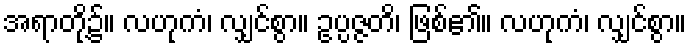
အရာတို့၌။ လဟုကံ၊ လျှင်စွာ။ ဥပ္ပဇ္ဇတိ၊ ဖြစ်၏။ လဟုကံ၊ လျှင်စွာ။